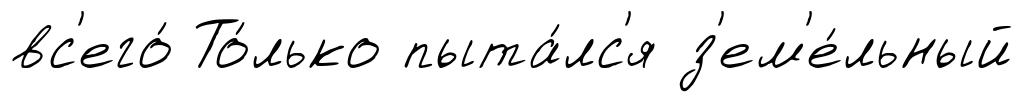
вс'его́ То́лько пыта́лс'я з'ем'е́льный